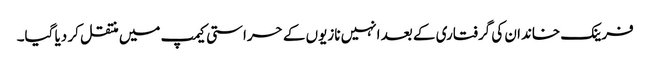
فرینک خاندان کی گرفتاری کے بعد انہیں نازیوں کے حراستی کیمپ میں منتقل کر دیا گیا۔